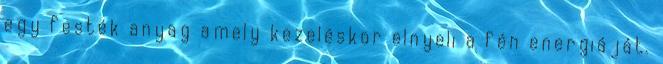
egy festék anyag amely kezeléskor elnyeli a fén energiáját.